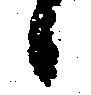
候